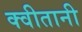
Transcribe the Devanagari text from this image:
क्वीतानी